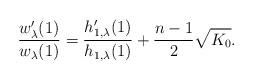
LaTeX: \begin{align*} \frac{w_{\lambda}^\prime(1)}{w_{\lambda}(1)}= \frac{h_{1,\lambda}^\prime(1)}{h_{1,\lambda}(1)}+\frac{n-1}{2}\sqrt{K_0}.\end{align*}